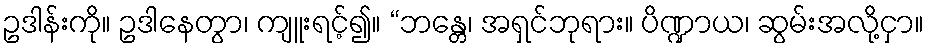
ဥဒါန်းကို။ ဥဒါနေတွာ၊ ကျူးရင့်၍။ “ဘန္တေ၊ အရှင်ဘုရား။ ပိဏ္ဍာယ၊ ဆွမ်းအလို့ငှာ။